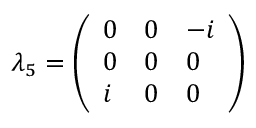
\lambda _ { 5 } = { \left( \begin{array} { l l l } { 0 } & { 0 } & { - i } \\ { 0 } & { 0 } & { 0 } \\ { i } & { 0 } & { 0 } \end{array} \right) }